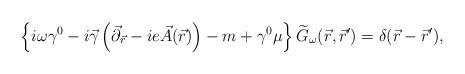
LaTeX: \begin{align*}\left\{ i\omega\gamma^{0}-i\vec{\gamma}\left(\vec{\partial}_{\vec{r}}-ie\vec{A}(\vec{r}) \right)-m +\gamma^{0}\mu \right\}\widetilde{G}_{\omega}(\vec{r},\vec{r}')=\delta (\vec{r}-\vec{r}'),\end{align*}